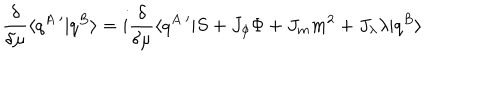
LaTeX: \frac { \delta } { \delta \mu } \langle q ^ { A } \, ^ { \prime } | q ^ { B } \rangle = i \frac { \delta } { \delta \mu } \langle q ^ { A } \, ^ { \prime } | S + J _ { \phi } \Phi + J _ { m } m ^ { 2 } + J _ { \lambda } \lambda | q ^ { B } \rangle